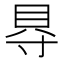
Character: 𮙮